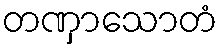
တဏှာသောတံ